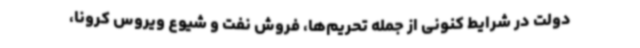
دولت در شرایط کنونی از جمله تحریم‌ها، فروش نفت و شیوع ویروس کرونا،